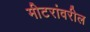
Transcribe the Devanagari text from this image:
मीटरांवरील